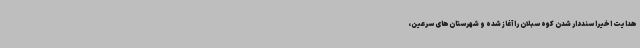
هدایت اخیرا سنددار شدن کوه سبلان را آغاز شده و شهرستان‌های سرعین،